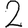
Digit: 2